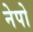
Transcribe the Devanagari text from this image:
नेपो